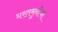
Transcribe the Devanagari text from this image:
भरतमुनीचा